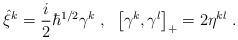
LaTeX: \begin{align*}\hat{\xi}^{k}=\frac{i}{2}\hbar ^{1/2}\gamma ^{k}\;,\;\;\left[ \gamma^{k},\gamma ^{l}\right] _{+}=2\eta ^{kl}\;. \end{align*}